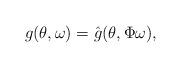
LaTeX: \begin{align*} g(\theta, \omega) = \hat{g}(\theta, \Phi \omega), \end{align*}